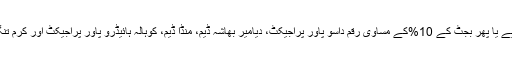
انہوں نے حکومت پر زور دیا کہ وہ ہر سال 200ارب روپے یا پھر بجٹ کے 10%کے مساوی رقم داسو پاور پراجیکٹ، دیامیر بھاشہ ڈیم، منڈا ڈیم، کوہالہ ہائیڈرو پاور پراجیکٹ اور کرم تنگی ڈیم سمیت دیگر پاور پراجیکٹس کے لیے مختص کرے۔